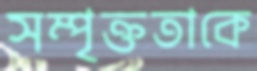
সম্পৃক্ততাকে